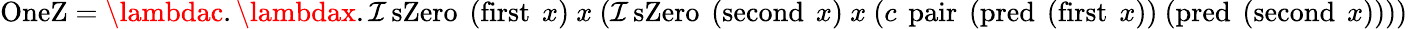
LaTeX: \operatorname{OneZ}=\lambdac.\lambdax.\operatorname{\mathcal{I}sZero}\ (\operatorname{first}\ x)\ x\ (\operatorname{\mathcal{I}sZero}\ (\operatorname{second}\ x)\ x\ (c\ \operatorname{pair}\ (\operatorname{pred}\ (\operatorname{first}\ x))\ (\operatorname{pred}\ (\operatorname{second}\ x))))